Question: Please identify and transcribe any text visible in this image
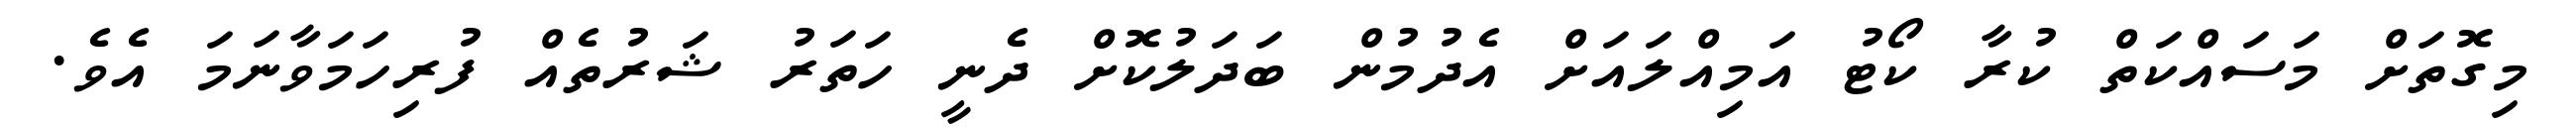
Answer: މިގޮތަށް މަސައްކަތް ކުރާ ކޯޓު އަމިއްލައަށް އެދުމުން ބަދަލުކޮށް ދެނީ ހަތަރު ޝަރުތެއް ފުރިހަމަވާނަމަ އެވެ.